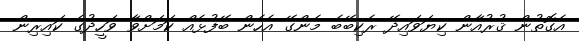
އެގޮތުން ޤުރުއާން ކިޔަވައިދޭ ރެކިބޭބެ މެންގޭ އެހެން ބޭފުޅެއް ކަމަށްވާ ވަހީދުގެ ކައިރިން